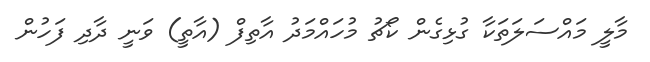
މާލީ މައްސަލަތަކާ ގުޅިގެން ކޯޗު މުހައްމަދު އާތިފް (އާތީ) ވަނީ ދާދި ފަހުން